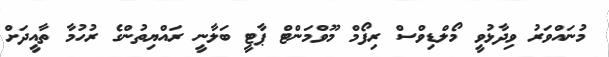
މުނައްވަރު ވިދާޅުވީ މޯލްޑިވްސް ރިފޯމް މޫވްމަންޓް ޕާޓީ ބަލާނީ ރައްޔިތުންގެ ރުހުމާ ތާއީދަށް